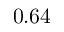
0 . 6 4